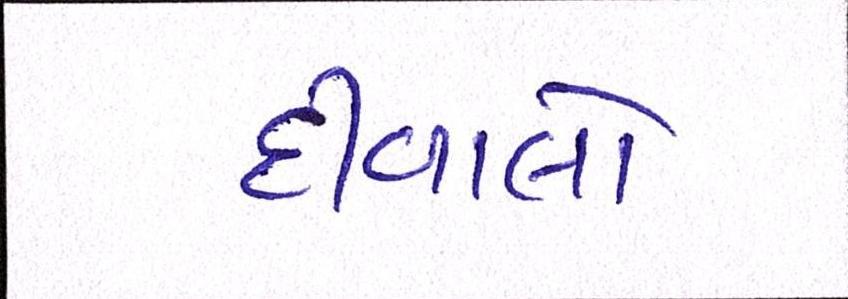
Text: દીવાલો